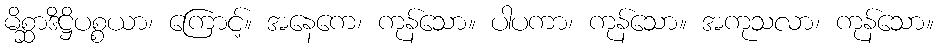
မိစ္ဆာဒိဋ္ဌိပစ္စယာ၊ ကြောင့်။ အနေကေ၊ ကုန်သော။ ပါပကာ၊ ကုန်သော။ အကုသလာ၊ ကုန်သော။